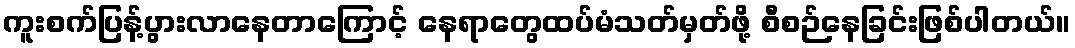
ကူးစက်ပြန့်ပွားလာနေတာကြောင့် နေရာတွေထပ်မံသတ်မှတ်ဖို့ စီစဉ်နေခြင်းဖြစ်ပါတယ်။